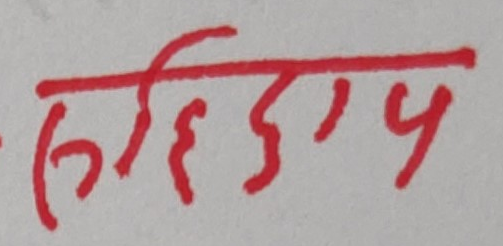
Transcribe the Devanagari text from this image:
सहिदाय